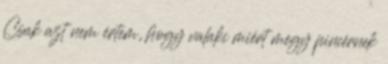
Csak azt nem értem, hogy valaki miért megy pincérnek